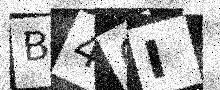
Text: B46I